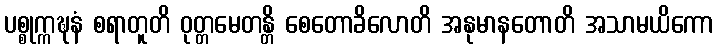
ပစ္စုက္ကဍ္ဎနံ စရာတူတိ ဝုတ္တမေတန္တိ စေတောခိလောတိ အနုမာနတောတိ အသာမယိကော